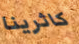
كاثرينا